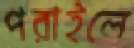
পরাইলে